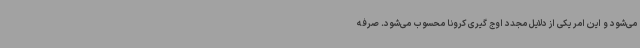
می‌شود و این امر یکی از دلایل مجدد اوج گیری کرونا محسوب می‌شود. صرفه